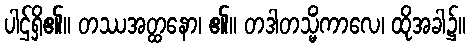
ပါဌ်ရှိ၏။ တဿအတ္ထနော၊ ၏။ တဒါတသ္မိံကာလေ၊ ထိုအခါ၌။